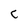
Character: C